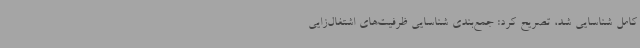
کامل شناسایی شد، تصریح کرد: جمع‌بندی شناسایی ظرفیت‌های اشتغال‌زایی